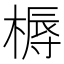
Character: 槈